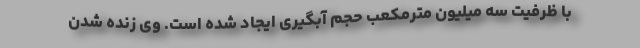
با ظرفیت سه میلیون مترمکعب حجم آبگیری ایجاد شده است. وی زنده شدن